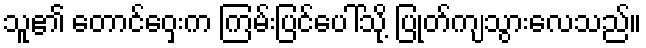
သူ၏ တောင်ဝှေးက ကြမ်းပြင်ပေါ်သို့ ပြုတ်ကျသွားလေသည်။